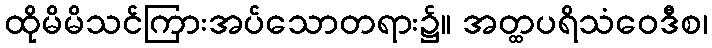
ထိုမိမိသင်ကြားအပ်သောတရား၌။ အတ္ထပရိသံဝေဒီစ၊